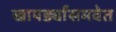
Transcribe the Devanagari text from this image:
खापर्ड्यांसमवेत